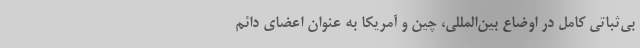
بی‌ثباتی کامل در اوضاع بین‌المللی، چین و آمریکا به عنوان اعضای دائم